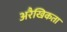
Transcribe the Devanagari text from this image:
अरैखिकता